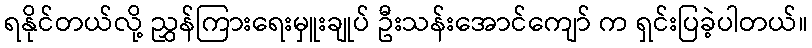
ရနိုင်တယ်လို့ ညွှန်ကြားရေးမှူးချုပ် ဦးသန်းအောင်ကျော် က ရှင်းပြခဲ့ပါတယ်။